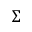
\Sigma